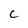
Character: C